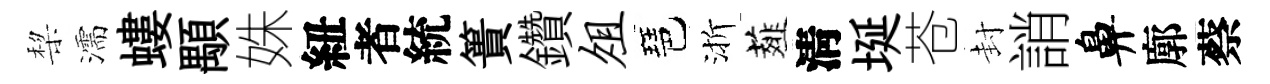
棃濡螻顒姝紐者統簣鑽俎琶渐薤淸埏苍封誚鼻廓蔡